Annual report on the lock hospitals of the Madras Presidency
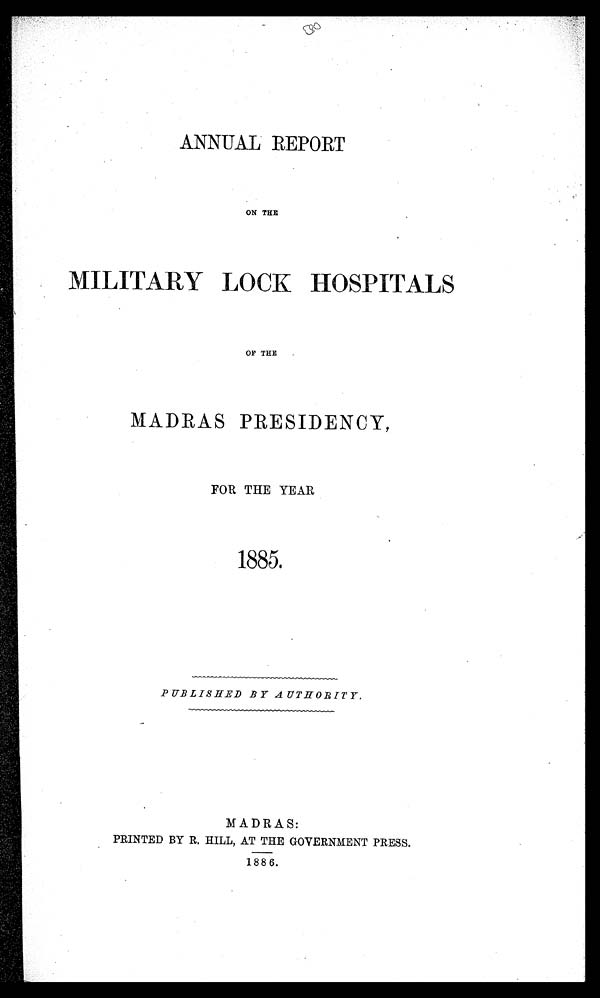
ANNUAL REPORT
ON THE
MILITARY LOCK HOSPITALS
OF THE
MADRAS PRESIDENCY,
FOR THE YEAR
1885.
PUBLISHED BY AUTHORITY.
MADRAS:
PRINTED BY R. HILL, AT THE GOVERNMENT PRESS.
1886.